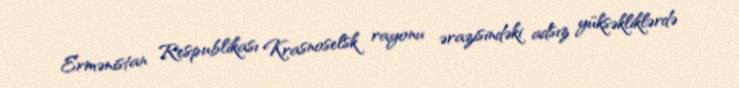
Ermənistan Respublikası Krasnoselsk rayonu ərazisindəki adsız yüksəkliklərdə